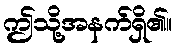
ဤသို့အနက်ရှိ၏။